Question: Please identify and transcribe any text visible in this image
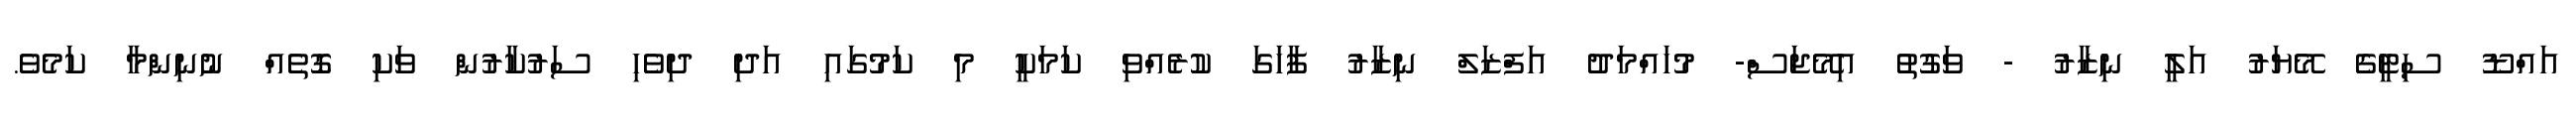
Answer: އައްޑޫ ސިޓީގެ މޭޔަރު އަލީ ނިޒާރު - ވަގުތު އިމޭޖަސް- މުހައްމަދު އަފްޒަލް ނިޒާރު ފާހަގަ ކުރެއްވި ކަމަކީ މި ކަމުގައި އަދި ދިވެހި ސަރުކާރުން ވަކި ގޮތެއް ނުނިންމާ ކަމެވެ.